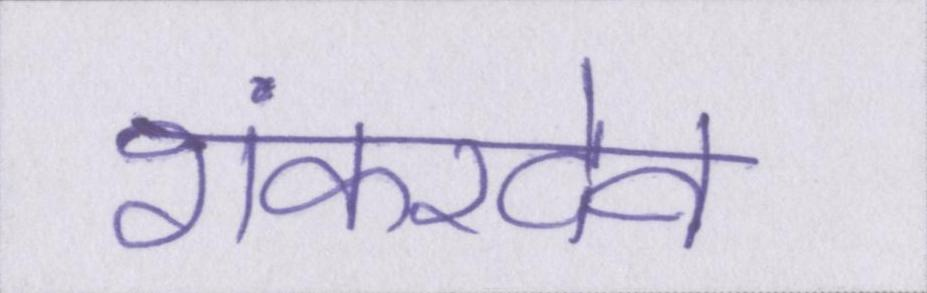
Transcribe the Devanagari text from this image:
शंकरदेव